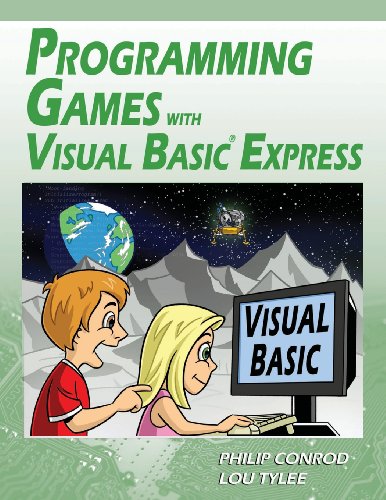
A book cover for Programming Games with Visual Basic Express; Philip Conrod; Children's Books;